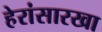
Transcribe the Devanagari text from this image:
हेरांसारखा